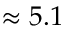
\approx 5 . 1